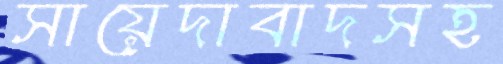
সায়েদাবাদসহ